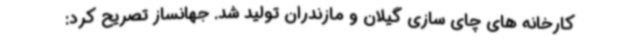
کارخانه های چای سازی گیلان و مازندران تولید شد. جهانساز تصریح کرد: